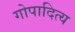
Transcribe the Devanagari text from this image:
गोपादित्य